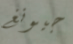
جيونغ